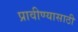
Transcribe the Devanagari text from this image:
प्रावीण्यासाठी